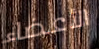
الأعضاء